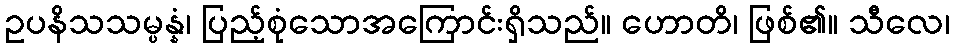
ဥပနိသသမ္ပန္နံ၊ ပြည့်စုံသောအကြောင်းရှိသည်။ ဟောတိ၊ ဖြစ်၏။ သီလေ၊